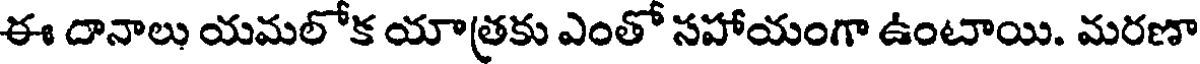
ఈ దానాలు యమలోక యాత్రకు ఎంతో సహాయంగా ఉంటాయి. మరణా